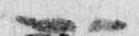
一